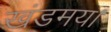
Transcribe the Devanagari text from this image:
खंडमय।